Civil Veterinary Department. United Provinces 1932-42 - 1932-1942
Year: 1932
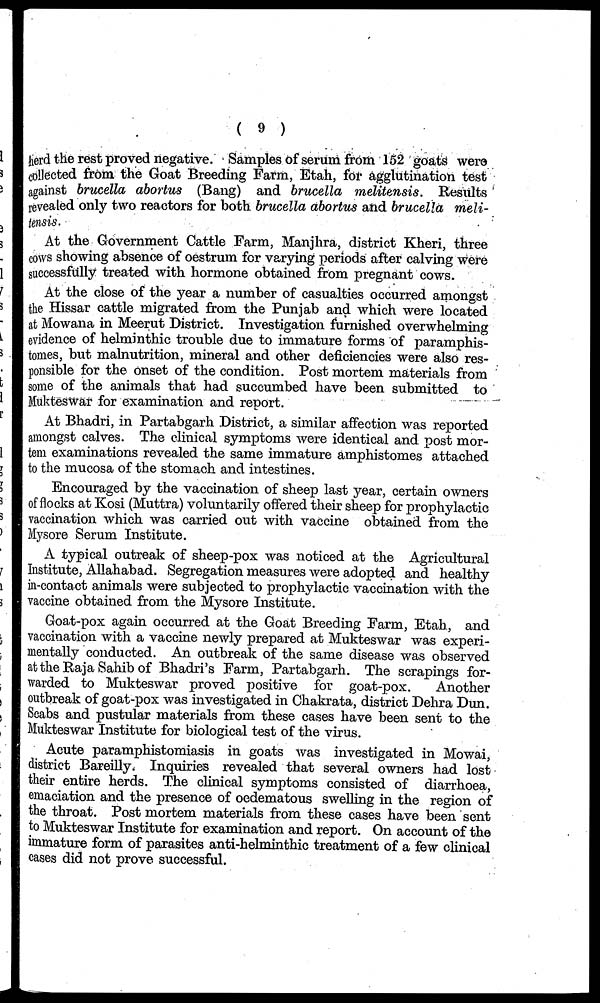
(9)
herd the rest proved negative. Samples of serum from 152 goats were
collected from the Goat Breeding Farm, Etah, for agglutination test
against brucella abortus (Bang) and brucella melitensis. Results
revealed only two reactors for both brucella abortus and brucella meli-
tensis.
At the Government Cattle Farm, Manjhra, district Kheri, three
cows showing absence of oestrum for varying periods after calving were
successfully treated with hormone obtained from pregnant cows.
At the close of the year a number of casualties occurred amongst
the Hissar cattle migrated from the Punjab and which were located
at Mowana in Meerut District. Investigation furnished overwhelming
evidence of helminthic trouble due to immature forms of paramphis-
tomes, but malnutrition, mineral and other deficiencies were also res-
ponsible for the onset of the condition. Post mortem materials from
some of the animals that had succumbed have been submitted to
Mukteswar for examination and report.
At Bhadri, in Partabgarh District, a similar affection was reported
amongst calves. The clinical symptoms were identical and post mor-
tem examinations revealed the same immature amphistomes attached
to the mucosa of the stomach and intestines.
Encouraged by the vaccination of sheep last year, certain owners
of flocks at Kosi (Muttra) voluntarily offered their sheep for prophylactic
vaccination which was carried out with vaccine obtained from the
Mysore Serum Institute.
A typical outreak of sheep-pox was noticed at the Agricultural
Institute, Allahabad. Segregation measures were adopted and healthy
in-contact animals were subjected to prophylactic vaccination with the
vaccine obtained from the Mysore Institute.
Goat-pox again occurred at the Goat Breeding Farm, Etah, and
vaccination with a vaccine newly prepared at Mukteswar was experi-
mentally conducted. An outbreak of the same disease was observed
at the Raja Sahib of Bhadri's Farm, Partabgarh. The scrapings for-
warded to Mukteswar proved positive for goat-pox.
Another
outbreak of goat-pox was investigated in Chakrata, district Dehra Dun.
Scabs and pustular materials from these cases have been sent to the
Mukteswar Institute for biological test of the virus.
Acute paramphistomiasis in goats was investigated in Mowai,
district Bareilly. Inquiries revealed that several owners had lost
their entire herds. The clinical symptoms consisted of diarrhoea,
emaciation and the presence of oedematous swelling in the region of
the throat. Post mortem materials from these cases have been sent
to Mukteswar Institute for examination and report. On account of the
immature form of parasites anti-helminthic treatment of a few clinical
cases did not prove successful.